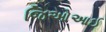
જિઓઆઈ